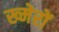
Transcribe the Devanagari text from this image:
ख्मेरों